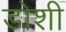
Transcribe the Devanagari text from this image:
डोशी